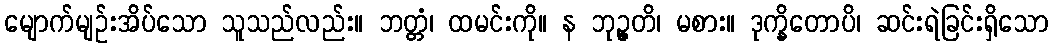
မျောက်မျဉ်းအိပ်သော သူသည်လည်း။ ဘတ္တံ၊ ထမင်းကို။ န ဘုဉ္ဇတိ၊ မစား။ ဒုက္ခိတောပိ၊ ဆင်းရဲခြင်းရှိသော